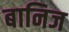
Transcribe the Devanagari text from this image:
बानिज